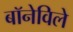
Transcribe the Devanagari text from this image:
बॉनेविले